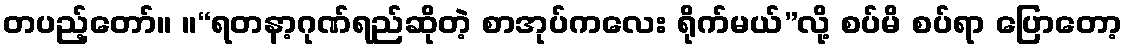
တပည့်တော်။ ။“ရတနာ့ဂုဏ်ရည်ဆိုတဲ့ စာအုပ်ကလေး ရိုက်မယ်”လို့ စပ်မိ စပ်ရာ ပြောတော့